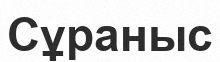
Сұраныс